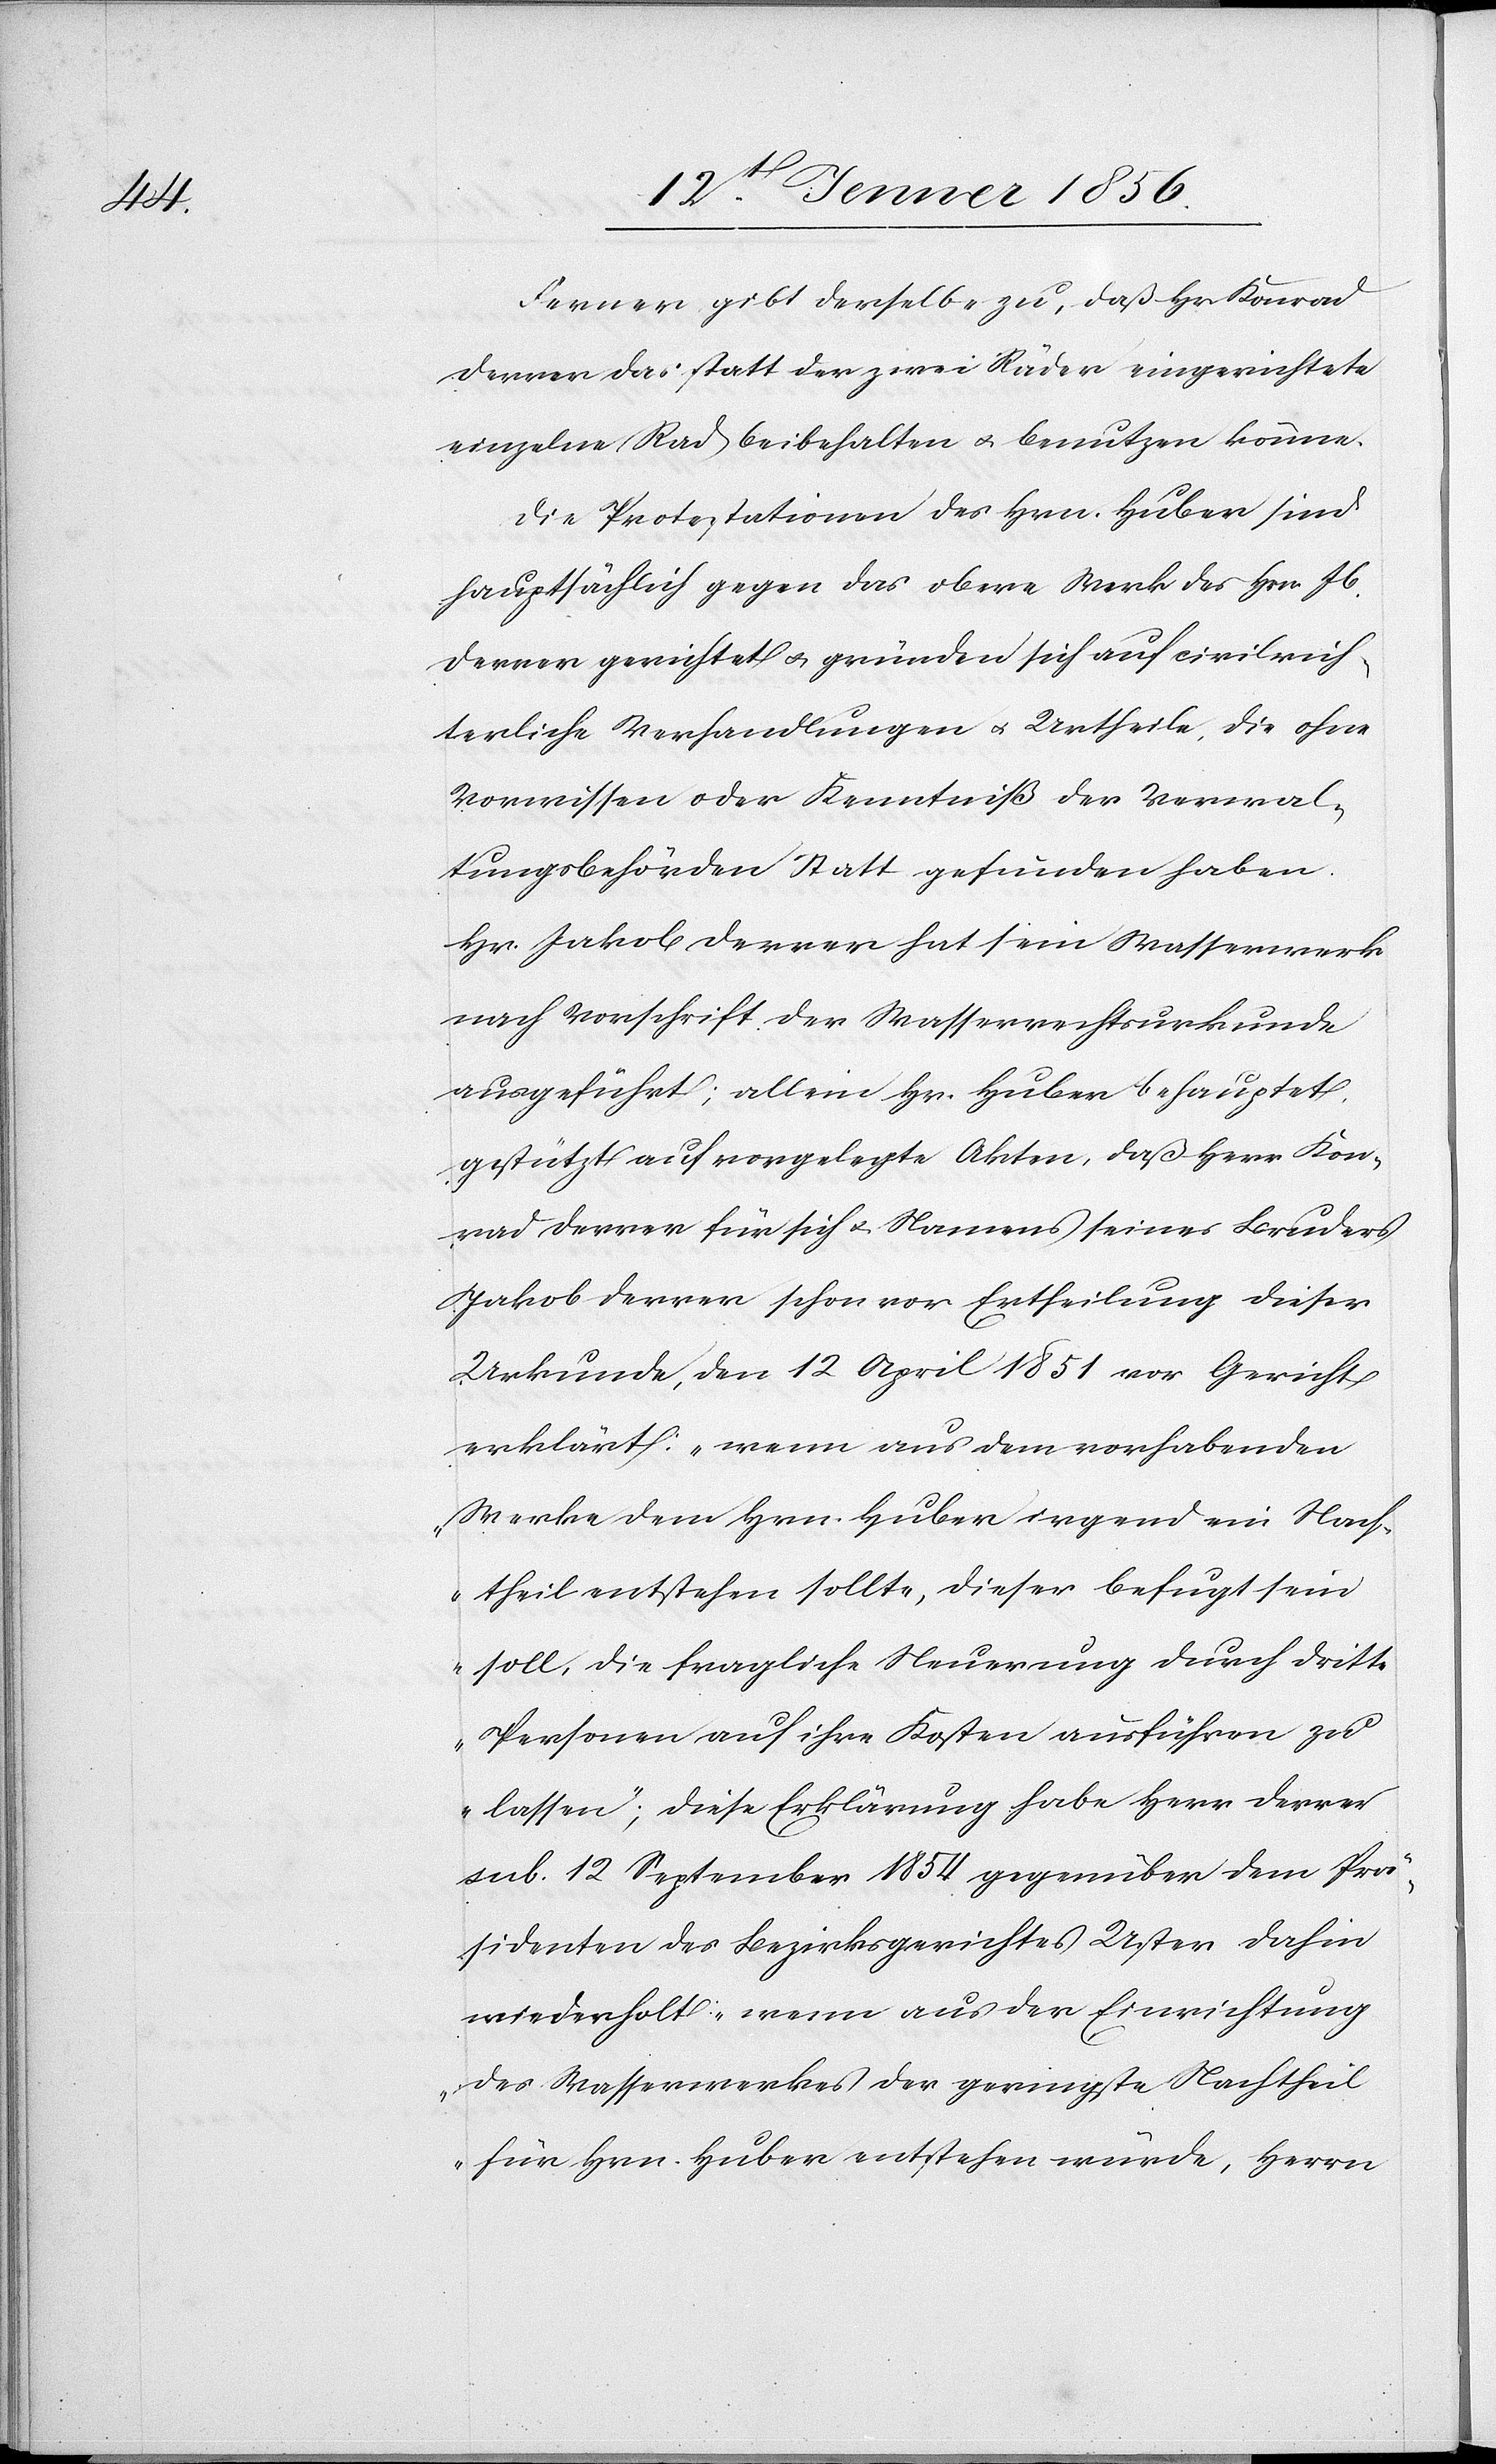
Ferner gibt derselbe zu, daß Hr. Konrad
Derrer das statt der zwei Räder eingerichtete
einzelne Rad beibehalten u. benutzen könne.
Die Protestationen des Hrn. Huber sind
hauptsächlich gegen das obere Werk des Hrn. Jb.
Derrer gerichtet u. gründen sich auf civilrich¬
terliche Verhandlungen u. Urtheile, die ohne
Vorwissen oder Kenntniß der Verwal¬
tungsbehörden Statt gefunden haben.
Hr. Jakob Derrer hat sein Wasserwerk
nach Vorschrift der Wasserrechtsurkunde
ausgeführt; allein Hr. Huber behauptet,
gestützt auf vorgelegte Akten, daß Herr Kon¬
rad Derrer für sich u. Namens seines Bruders
Jakob Derrer schon vor Ertheilung dieser
Urkunde, den 12 April 1851 vor Gericht
erklärt: „wenn aus dem vorhabenden
Werke dem Hrn. Huber irgend ein Nach¬
theil entstehen sollte, dieser befugt sein
soll, die fragliche Neuerung durch dritte
Personen auf ihre Kosten ausführen zu
lassen“; diese Erklärung habe Herr Derrer
sub. 12 September 1854 gegenüber dem Prä¬
sidenten des Bezirksgerichtes Uster dahin
wiederholt: „wenn aus der Einrichtung
des Wasserwerkes der geringste Nachtheil
für Hrn. Huber entstehen würde, Herrn